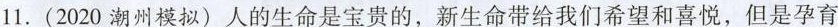
11. (2020潮州模拟)人的生命是宝贵的，新生命带给我们希望和喜悦，但是孕育